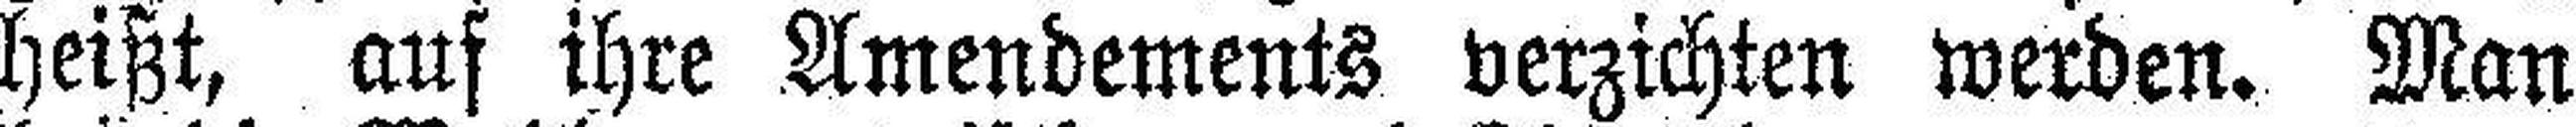
heißt, auf ihre Amendements verzichten werden. Man